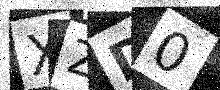
Text: XZD0